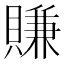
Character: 賺